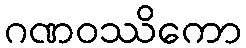
ဂဏဝဿိကော